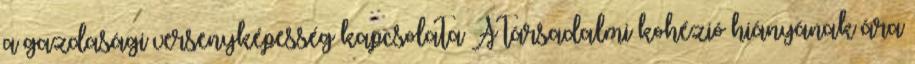
a gazdasági versenyképesség kapcsolata A társadalmi kohézió hiányának ára